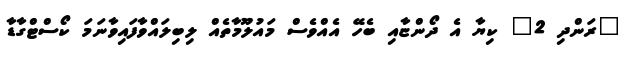
"ރަންދި 2" ކިޔާ އެ ދޯންޏާއި ބެހޭ އެއްވެސް މައުލޫމާތެއް ލިބިލައްވާފައިވާނަމަ ކޯސްޓްގާޑާ